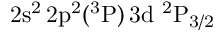
\mathrm { 2 s ^ { 2 } \, 2 p ^ { 2 } ( ^ { 3 } P ) \, 3 d ~ ^ { 2 } P _ { 3 / 2 } }